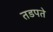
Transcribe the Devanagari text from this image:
तडपते